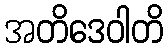
အတိဒေဝါတိ